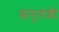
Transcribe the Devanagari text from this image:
शंगुवंशी